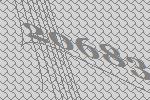
20683